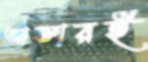
আক্তারই